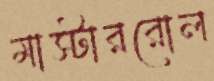
মাস্টাররোল